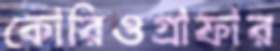
কোরিওগ্রাফার